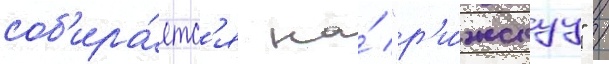
соб'ира́етс'я на́ "р'и́жскуу" /